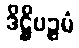
ဒိဋ္ဌိပဉ္စမံ